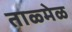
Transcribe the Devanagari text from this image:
ताळ्मेळ